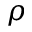
\rho